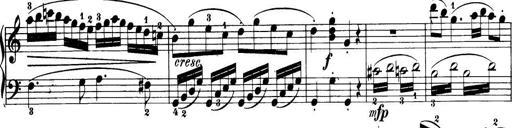
Title: 32 Sonatinas and Rondos for the Piano
Composer: Richard Kleinmichel